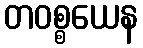
တဝစ္စယေန